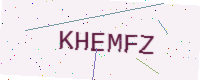
Text: KHEMFZ